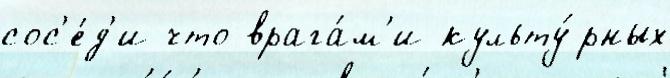
сос'е́д'и что врага́м'и культу́рных